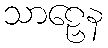
သာဠှေန